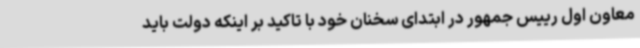
معاون اول رییس جمهور در ابتدای سخنان خود با تاکید بر اینکه دولت باید